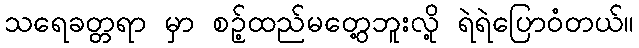
သရေခတ္တရာ မှာ စဉ့်ထည်မတွေ့ဘူးလို့ ရဲရဲပြောဝံတယ်။